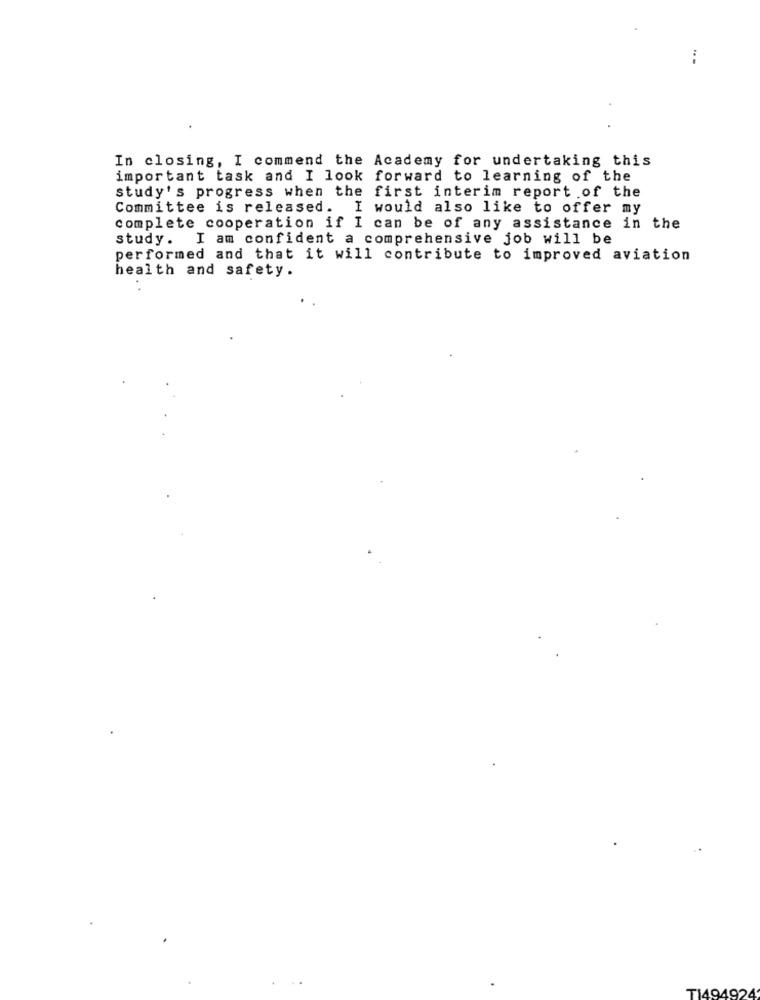
In closing, I commend the Academy for undertaking this
important task and I look forward to learning of the
study's progress when the first interim report .of the
Committee is released. I would also like to offer my
complete cooperation if I can be of any assistance in the
study. I am confident a comprehensive job will be
performed and that it will contribute to improved aviation
health and safety.
TI494924